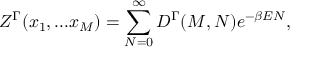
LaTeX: { \cal Z } ^ { \Gamma } ( x _ { 1 } , . . . x _ { M } ) = \sum _ { N = 0 } ^ { \infty } D ^ { \Gamma } ( M , N ) e ^ { - \beta E N } ,